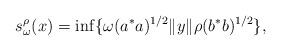
LaTeX: \begin{align*}s_\omega^\rho(x) = \inf \{ \omega(a^*a)^{1/2} \| y \| \rho(b^*b)^{1/2} \},\end{align*}